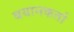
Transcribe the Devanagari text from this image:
बयानकर्ता